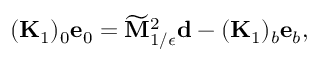
( \mathbf { K } _ { 1 } ) _ { 0 } \mathbf { e } _ { 0 } = \widetilde { \mathbf { M } } _ { 1 / \epsilon } ^ { 2 } \mathbf { d } - ( \mathbf { K } _ { 1 } ) _ { b } \mathbf { e } _ { b } ,